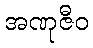
အဏုဇီဝ